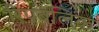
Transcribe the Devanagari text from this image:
रिपबलिक